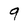
Character: 9